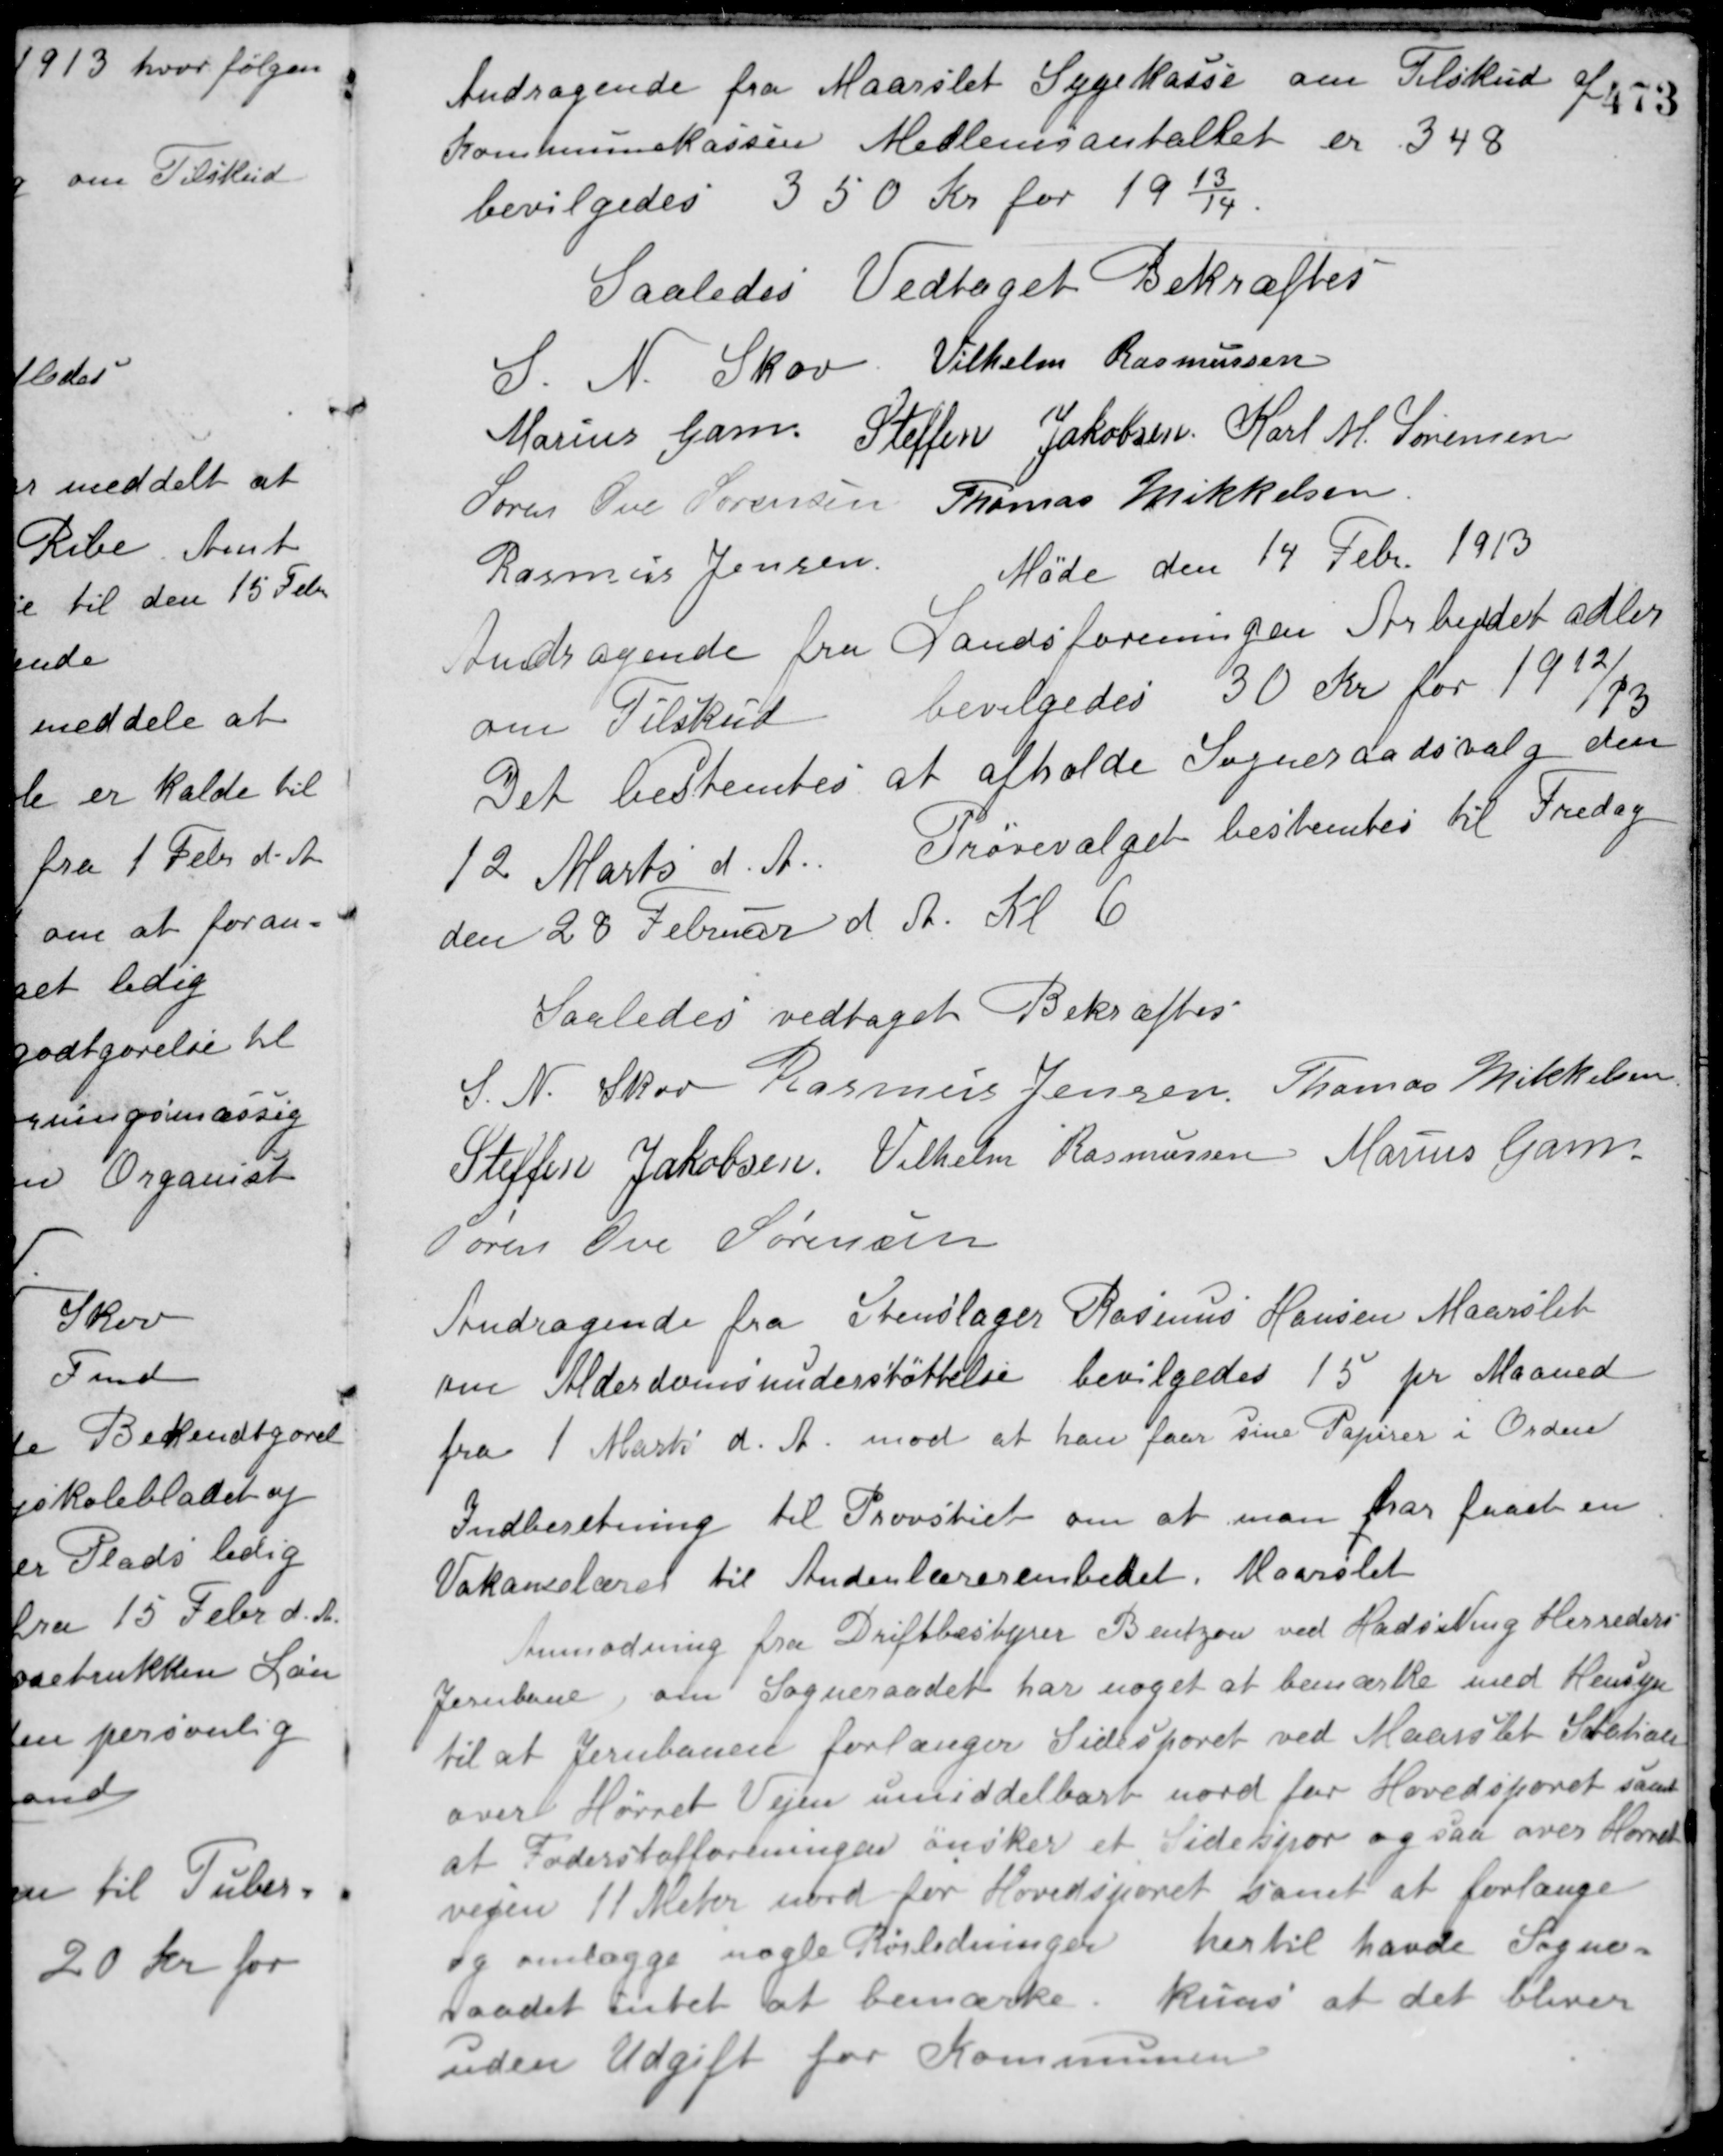
Transskription:
Andragende fra Maarslet Sygekasse om Tilskud af
Kommunekassen. Medlemsantaltet er 348.
bevilgedes 350 Kr. for 1913/14.
Saaledes Vedtaget Bekræftes
S. N. Skov Vilhelm Rasmussen
Marius Gam Steffen Jakobsen Karl M. Sørensen
Søren Ove Sørensen Thomas Mikkelsen
Rasmus Jensen
Møde den 14 Febr 1913
Andragende fra Landsforeningen Arbejdet adler
om Tilskud. bevilgedes 30 Kr. for 1912/13.
Det bestemtes at afholde Sogneraadsvalg den
12 Marts d. A. Prøvevalget bestemtes til Fredag
den 28 Februar d. A. Kl. 6.
Saaledes vedtaget Bekræftes
S. N. Skov Rasmus Jensen Thomas Mikkelsen
Steffen Jakobsen Vilhelm Rasmussen Marius Gam
Søren Ove Sørensen
Andragende fra Stenslager Rasmus Hansen Maarslet
om Alderdomsunderstøttelse. bevilgedes 15 pr. Maaned
fra 1 Marts d. A. mod at han faar sine Papirer i Orden.
Indberetning til Provstiet om at man har faaet en
Vakancelærer til Andenlærerembedet i Maarslet.
Anmodning fra Driftbestyrer Bentzon ved Hads Ning Herreders
Jernbane om Sogneraadet har noget at bemærke med Hensyn
til at Jernbanen forlænger Sidesporet ved Maarslet Station
over Hørret Vejen umiddelbart nord for Hovedsporet samt
at Foderstofforeningen ønsker et Sidespor ogsaa over Hørret
vejen 11 Meter nord for Hovedsporet samt at forlænge
og omlægge nogle Rørledninger. hertil havde Sogne-
raadet intet at bemærke. kuns at det bliver
uden Udgift for Kommunen.